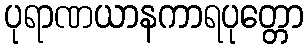
ပုရာဏယာနကာရပုတ္တော